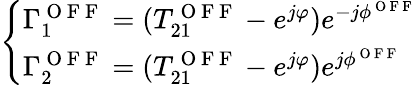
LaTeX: \left\{ \begin{array}{l}{\Gamma_{1}^{\mathrm{~O~F~F~}}=(T_{21}^{\mathrm{~O~F~F~}}-e^{j\varphi})e^{-j\phi^{\mathrm{~O~F~F~}}}}\\ {\Gamma_{2}^{\mathrm{~O~F~F~}}=(T_{21}^{\mathrm{~O~F~F~}}-e^{j\varphi})e^{j\phi^{\mathrm{~O~F~F~}}}}\end{array}\right.